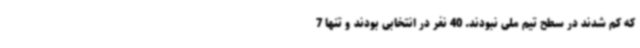
که کم شدند در سطح تیم ملی نبودند. 40 نفر در انتخابی بودند و تنها 7